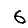
Digit: 6